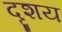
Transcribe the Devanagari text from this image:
दृशय